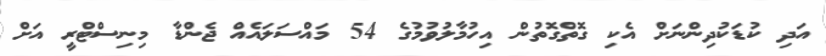
އަދި ކުޑަކުދިންނަށް އެކި ގޮތްގޮތުން އިހުމާލުވުމުގެ 54 މައްސަލައެއް ޖެންޑާ މިނިސްޓްރީ އަށް